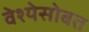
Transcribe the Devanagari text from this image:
वेश्येसोबत